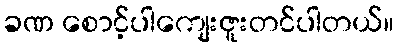
ခဏ စောင့်ပါကျေးဇူးတင်ပါတယ်။